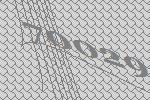
70029